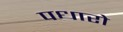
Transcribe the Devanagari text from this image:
पधारो